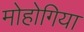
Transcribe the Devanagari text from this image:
मोहोगिया